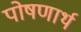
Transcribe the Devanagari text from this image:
पोषणार्थ